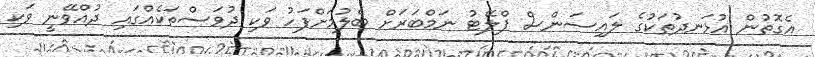
އެގޮތުން އުޅަނދުތަކުގެ ލައިސަންސް ޕްލޭޓު ނަމްބަރަށް ބެލުމަށްފަހު ވަކި ދުވަސްތަކެއްގައި ދުއްވޭނީ ވަކި